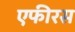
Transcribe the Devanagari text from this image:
एफीरस